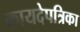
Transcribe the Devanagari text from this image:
कायदेपत्रिका